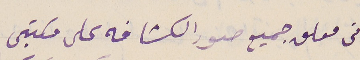
أنى معلق جميع صور الكشافه على مكتبى